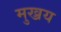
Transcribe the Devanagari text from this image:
मुख्रय